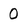
Character: 0